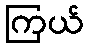
ကြယ်